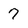
Character: 7